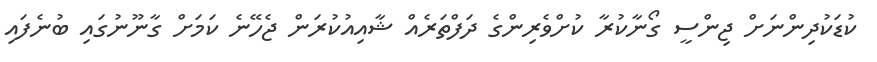
ކުޑަކުދިންނަށް ޖިންސީ ގޯނާކުރާ ކުށްވެރިންގެ ދަފްތަރެއް ޝާއިއުކުރަން ޖެހޭނެ ކަމަށް ގާނޫނުގައި ބުނެފައި